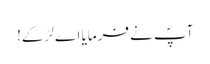
آپؐ نے فرمایا اے لڑکے!